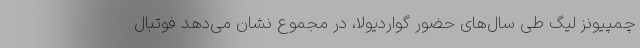
چمپیونز لیگ طی سال‌های حضور گواردیولا، در مجموع نشان می‌دهد فوتبال